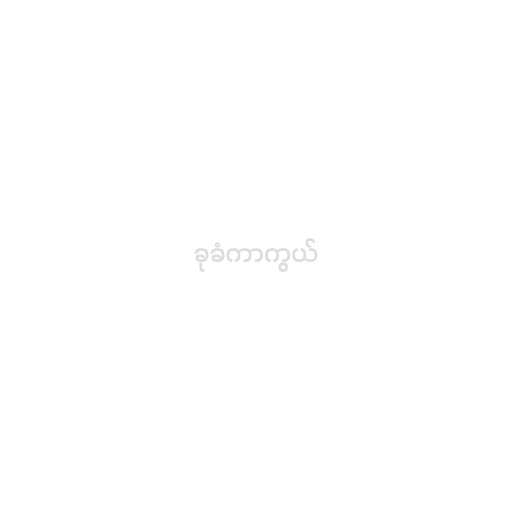
ခုခံကာကွယ်